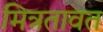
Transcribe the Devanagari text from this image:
मित्रतावत